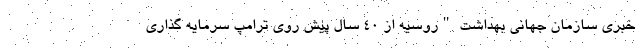
خبری سازمان جهانی بهداشت "روسیه از ۴۰ سال پیش روی ترامپ سرمایه گذاری